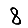
Digit: 8